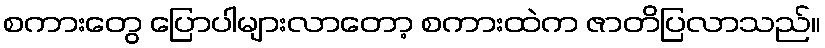
စကားတွေ ပြောပါများလာတော့ စကားထဲက ဇာတိပြလာသည်။